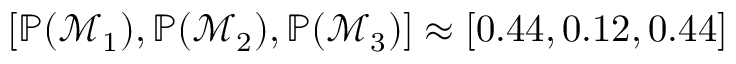
\begin{array} { r } { [ \mathbb { P } ( \mathcal { M } _ { 1 } ) , \mathbb { P } ( \mathcal { M } _ { 2 } ) , \mathbb { P } ( \mathcal { M } _ { 3 } ) ] \approx [ 0 . 4 4 , 0 . 1 2 , 0 . 4 4 ] } \end{array}